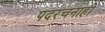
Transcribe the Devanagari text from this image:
पदरचनाही